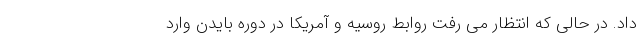
داد. در حالی که انتظار می رفت روابط روسیه و آمریکا در دوره بایدن وارد